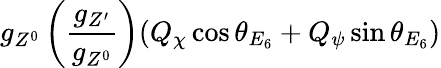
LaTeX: g_{Z^{0}}\left({\frac{g_{Z^{\prime}}}{g_{Z^{0}}}}\right)(Q_{\chi}\cos\theta_{E_{6}}+Q_{\psi}\sin\theta_{E_{6}})